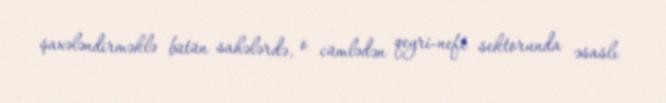
şaxələndirməklə bütün sahələrdə, o cümlədən qeyri-neft sektorunda əsaslı